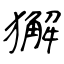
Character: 獬